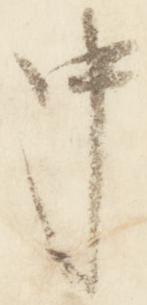
中